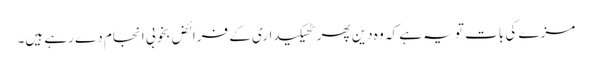
مزے کی بات تو یہ ہے کہ وہ دین پھر ٹھیکیداری کے فرائض بخوبی انجام دے رہے ہیں۔